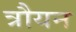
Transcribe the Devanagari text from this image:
त्रौयन